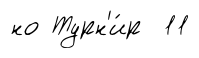
но Турн'и́р 11